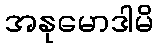
အနုမောဒါမိ